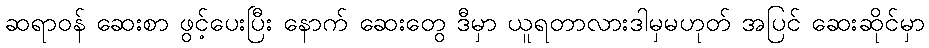
ဆရာဝန် ဆေးစာ ဖွင့်ပေးပြီး နောက် ဆေးတွေ ဒီမှာ ယူရတာလားဒါမှမဟုတ် အပြင် ဆေးဆိုင်မှာ